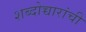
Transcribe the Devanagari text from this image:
शब्दोच्चारांची